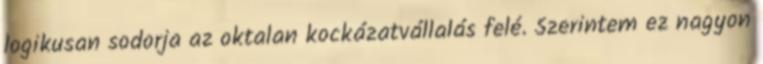
logikusan sodorja az oktalan kockázatvállalás felé. Szerintem ez nagyon